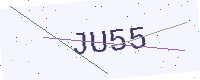
Text: JU55